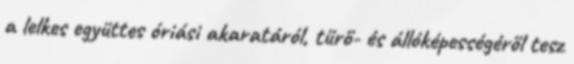
a lelkes együttes óriási akaratáról, tűrő- és állóképességéről tesz